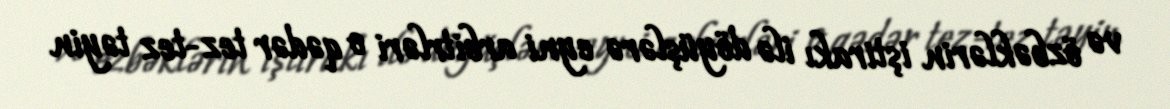
və özbəklərin iştirakı ilə döyüşlərə eyni arbitrləri o qədər tez-tez təyin